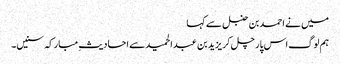
میں نے احمد بن حنبل سے کہا
ہم لوگ اس پار چل کر یزید بن عبدالحمید سے احادیثِ مبارکہ سنیں۔